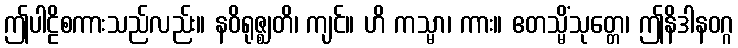
ဤပါဠိစကားသည်လည်း။ နဝိရုဇ္ဈတိ၊ ကျင်။ ဟိ ကသ္မာ၊ ကား။ ဧတသ္မိံသုတ္တေ၊ ဤနိဒါနဝဂ္ဂ